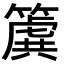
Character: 𮆌